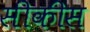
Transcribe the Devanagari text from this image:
सीकीस